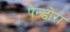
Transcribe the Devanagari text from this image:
पैन्डोरा